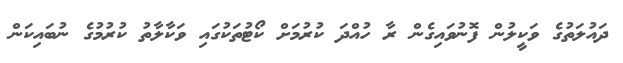
ދައުލަތުގެ ވަކީލުން ފޮނުވައިގެން ރާ ހުއްދަ ކުރުމަށް ކޯޓުތަކުގައި ވަކާލާތު ކުރުމުގެ ނުބައިކަން